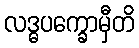
လဒ္ဓပက္ခောမှီတိ